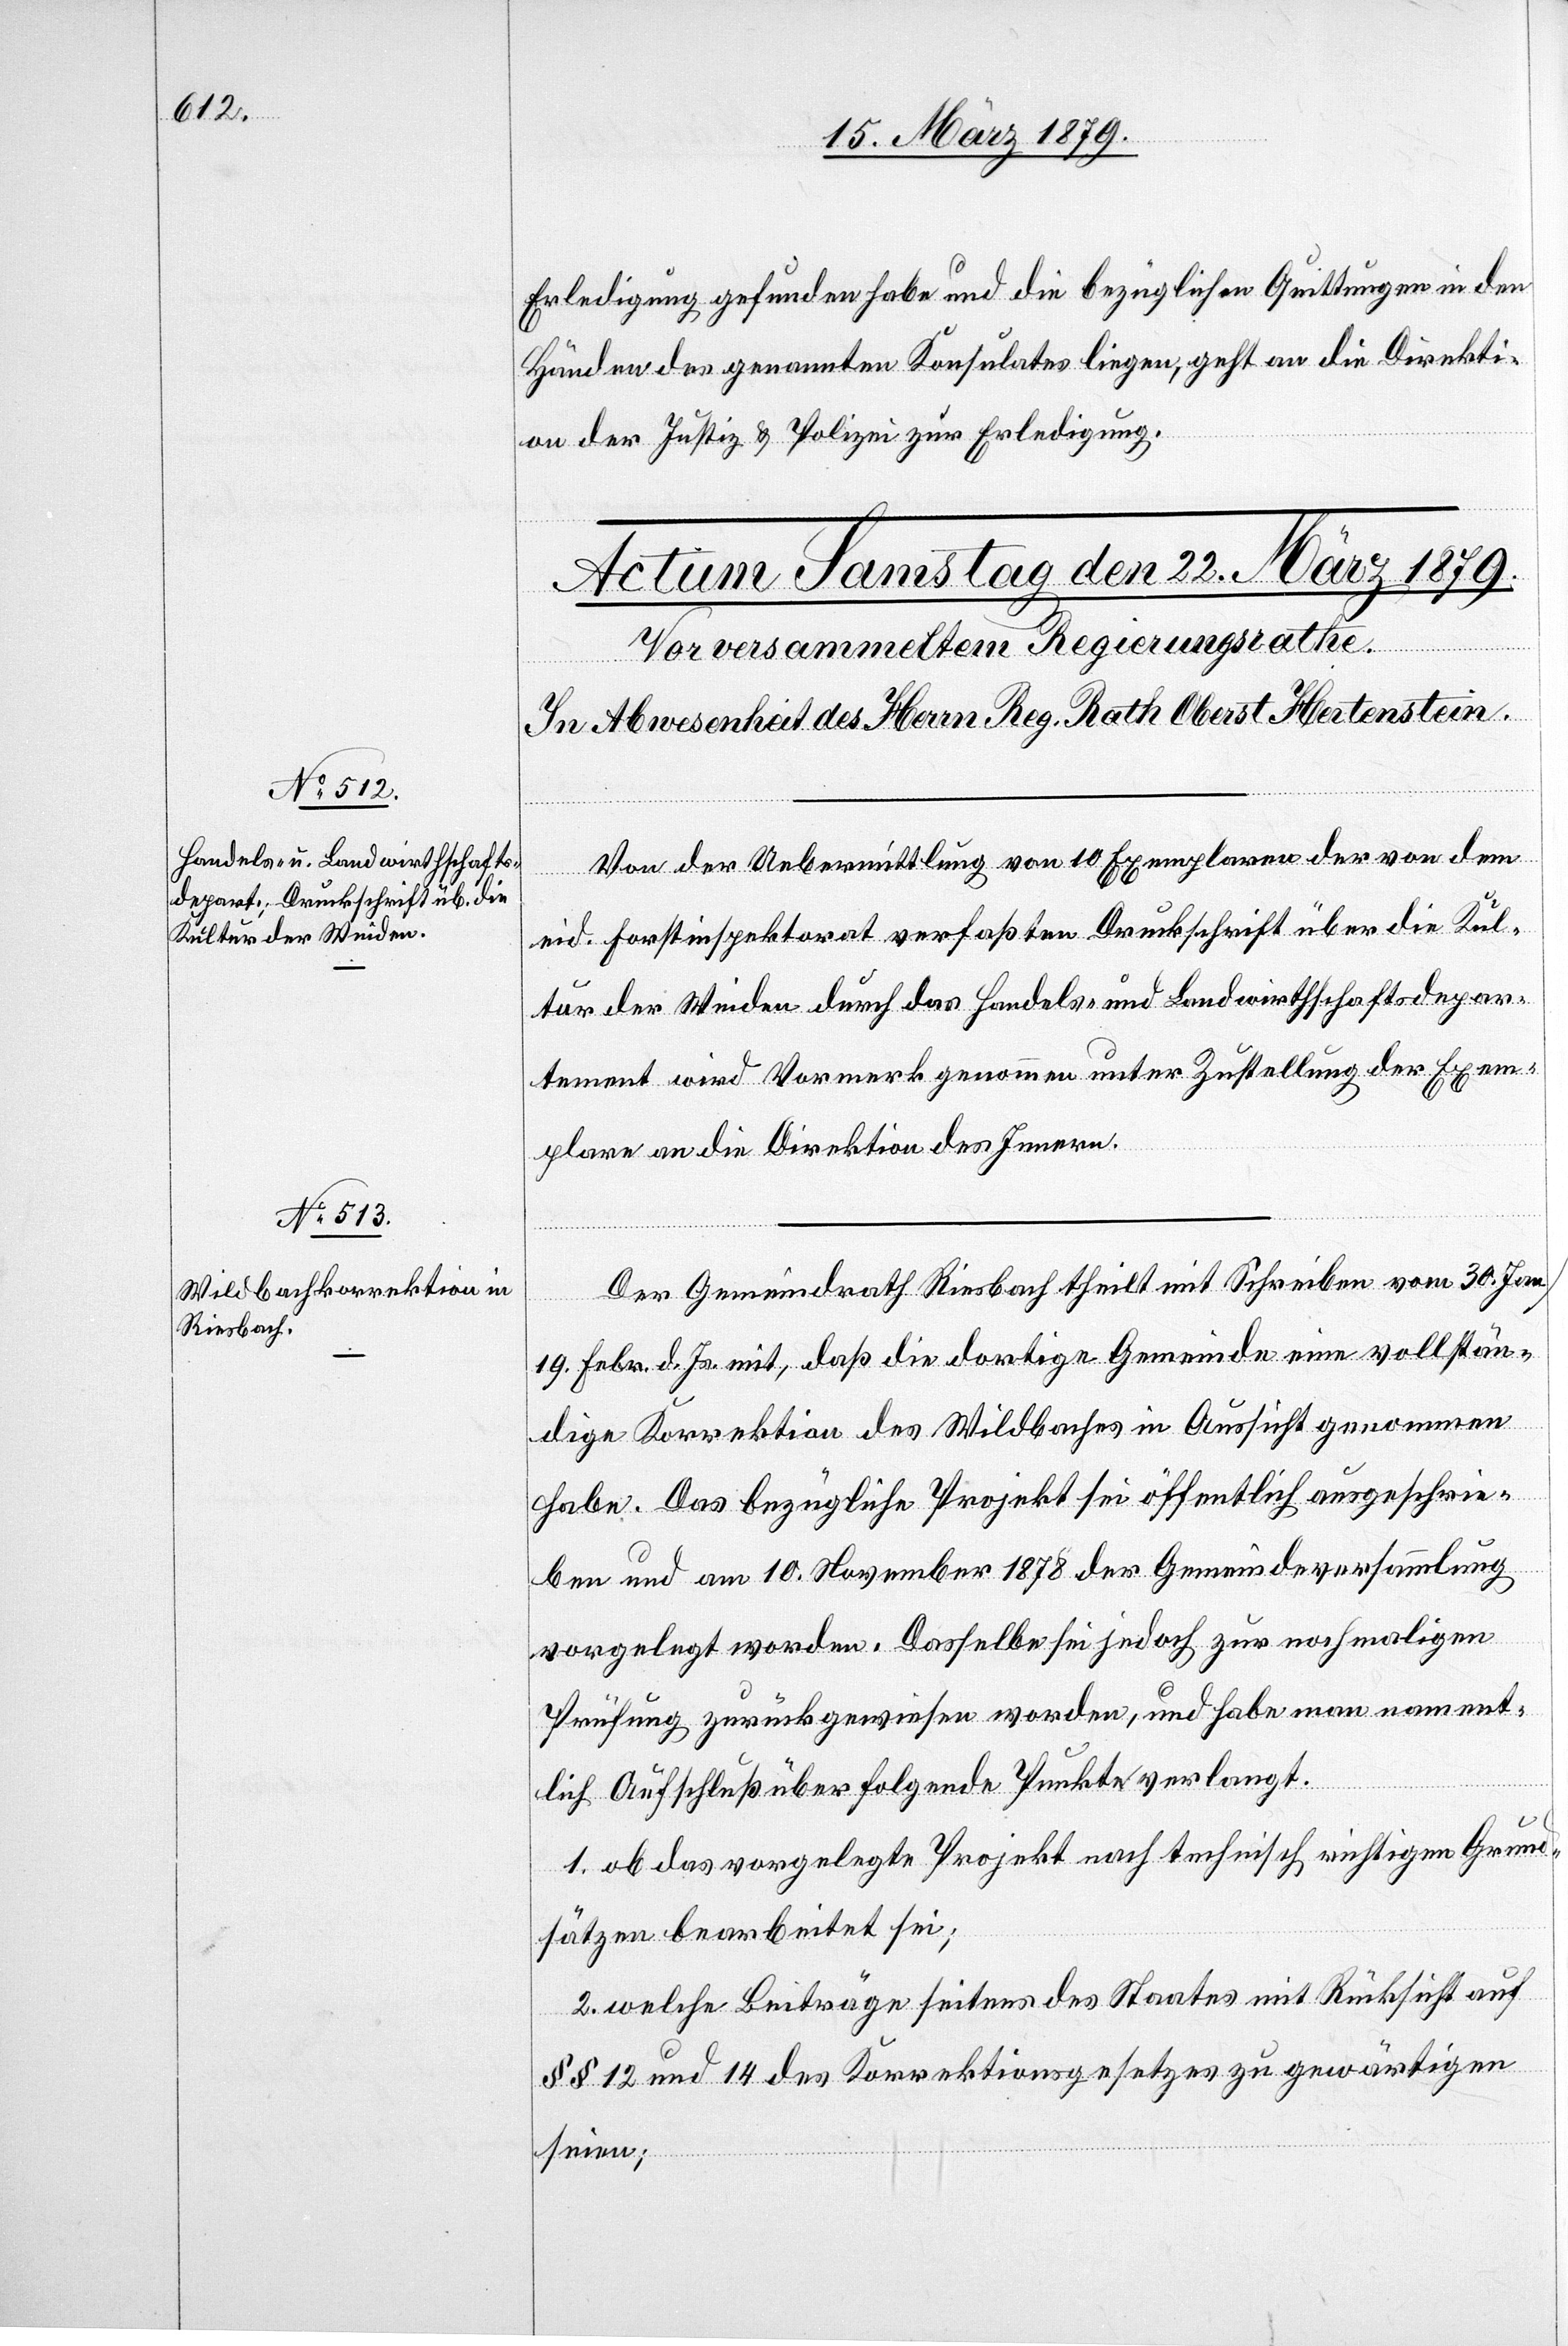
Von der Uebermittlung von 10 Exemplaren der von dem
eid. Forstinspektorat verfaßten Druckschrift über die Kul¬
tur der Weiden durch das Handels- und Landwirthschaftsdepar¬
tement wird Vormerk genommen unter Zustellung der Exem¬
plare an die Direktion des Innern.
Der Gemeindrath Riesbach theilt mit Schreiben vom 30. Ja¬
n./19. Febr. d. Js. mit, daß die dortige Gemeinde eine vollstän¬
dige Korrektion des Wildbaches in Aussicht genommen
habe. Das bezügliche Projekt sei öffentlich ausgeschrie¬
ben und am 10. November 1878 der Gemeindeversammlung
vorgelegt worden. Dasselbe sei jedoch zur nochmaligen
Prüfung zurückgewiesen worden, und habe man nament¬
lich Aufschluß über folgende Punkte verlangt.
1. ob das vorgelegte Projekt nach technisch richtigen Grund¬
sätzen bearbeitet sei;
2. welche Beiträge seitens des Staates mit Rücksicht auf
§§ 12 und 14 des Korrektionsgesetzes zu gewärtigen
seien;